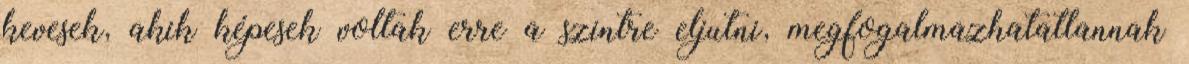
kevesek, akik képesek voltak erre a szintre eljutni, megfogalmazhatatlannak